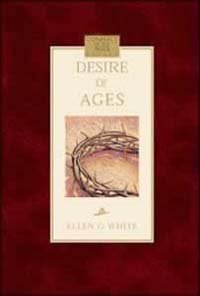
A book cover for The Desire of Ages; Christian Books & Bibles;